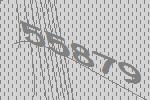
55879